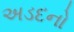
અડદનો